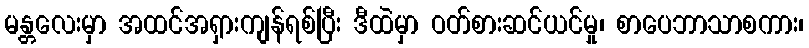
မန္တလေးမှာ အထင်အရှားကျန်ရစ်ပြီး ဒီထဲမှာ ဝတ်စားဆင်ယင်မှု၊ စာပေဘာသာစကား၊